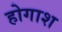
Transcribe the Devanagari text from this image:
होगाश